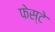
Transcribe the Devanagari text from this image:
फेस्टे